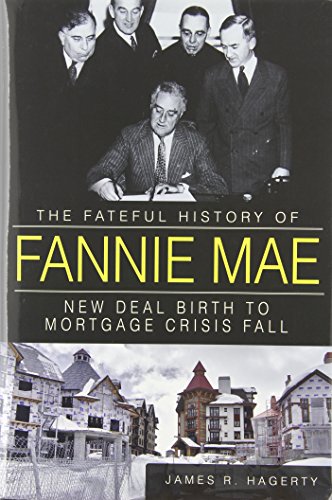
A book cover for The Fateful History of Fannie Mae:: New Deal Birth to Mortgage Crisis Fall; James R. Hagerty; Business & Money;